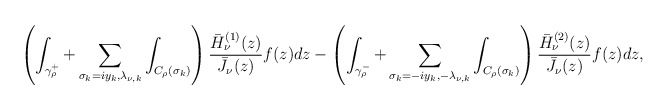
\begin{align*}\left( \int_{\gamma _\rho ^+}+\sum_{\sigma _k=iy_k,\lambda _{\nu ,k}}\int_{C_\rho (\sigma _k)}\right)\frac{\bar H^{(1)}_{\nu}(z)}{\bar J_{\nu}(z)}f(z)dz-\left( \int_{\gamma _\rho ^-}+\sum_{\sigma _k=-iy_k,-\lambda _{\nu ,k}}\int_{C_\rho (\sigma _k)}\right)\frac{\bar H^{(2)}_{\nu}(z)}{\bar J_{\nu}(z)}f(z)dz,\end{align*}